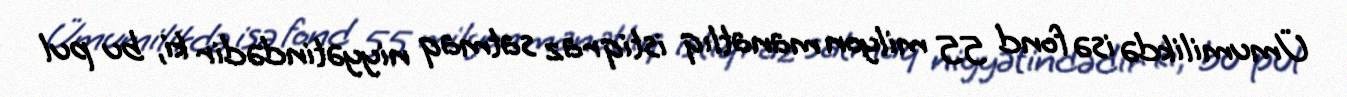
Ümumilikdə isə fond 55 milyon manatlıq istiqraz satmaq niyyətindədir ki, bu pul